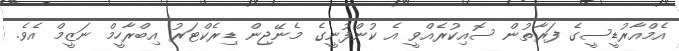
އެމްއާރުޑީސީގެ ފަރާތުން ސޮއިކުރެއްވީ އެ ކުންފުނީގެ މެނޭޖިން ޑިރެކްޓަރު އިބްރާހީމް ނަޒީމް އެވެ.